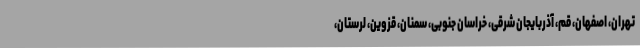
تهران، اصفهان، قم، آذربایجان شرقی، خراسان جنوبی، سمنان، قزوین، لرستان،